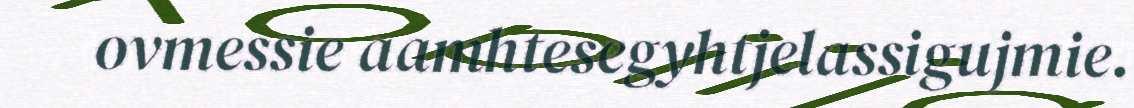
ovmessie aamhtesegyhtjelassigujmie.